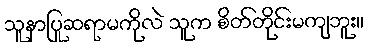
သူနာပြုဆရာမကိုလဲ သူက စိတ်တိုင်းမကျဘူး။